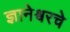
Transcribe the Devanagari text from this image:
ज्ञानेश्वरचे